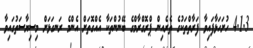
4.1.3 ހުށަހަޅާފައިވާ ފަރާތްތަކުގެ ތެރެއިން ޕްރޮގްރާމްގެ ބޭނުންތަކާ އެއްގޮތަށް އެންމެ ރަނގަޅަށް މިސިޔާސަތުގައިވާ